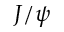
J / \psi